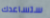
ستساعدك